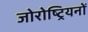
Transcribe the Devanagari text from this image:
जोरोष्ट्रियनों